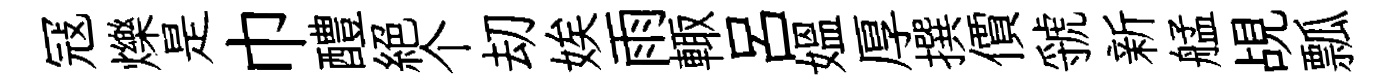
冦爍是巾醴絕个刧娭雨輙呂媪厚撰價虢新艋覘瓢